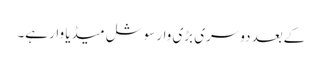
کےبعد دوسری بڑی وار سوشل میڈیا وار ہے۔